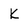
Character: k